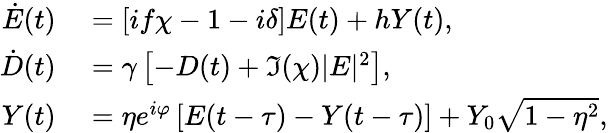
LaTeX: \begin{array}{rl}{\dot{E}(t)}&{{}=\left[if\chi-1-i\delta\right]E(t)+hY(t),}\\ {\dot{D}(t)}&{{}=\gamma\left[-D(t)+\Im(\chi)|E|^{2}\right],}\\ {Y(t)}&{{}=\eta e^{i\varphi}\left[E(t-\tau)-Y(t-\tau)\right]+Y_{0}\sqrt{1-\eta^{2}},}\end{array}